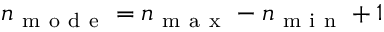
n _ { \mathrm { ~ m ~ o ~ d ~ e ~ } } = n _ { \mathrm { ~ m ~ a ~ x ~ } } - n _ { \mathrm { ~ m ~ i ~ n ~ } } + 1